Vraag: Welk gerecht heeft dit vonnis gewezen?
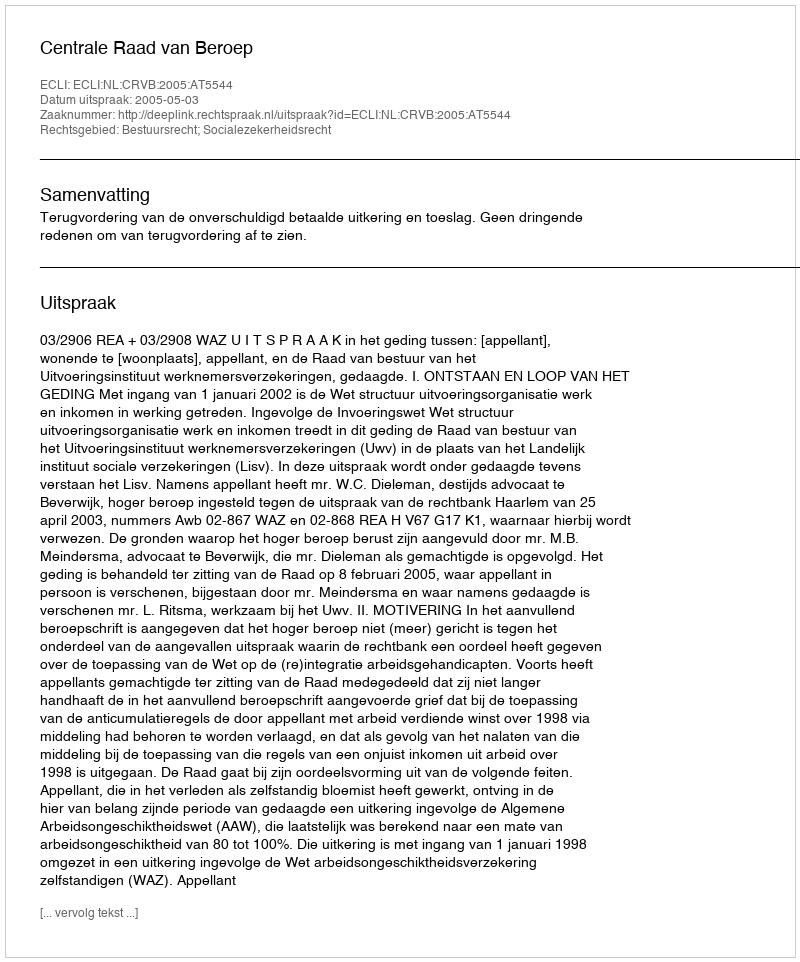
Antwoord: Centrale Raad van Beroep